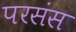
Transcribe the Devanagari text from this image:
परसंस